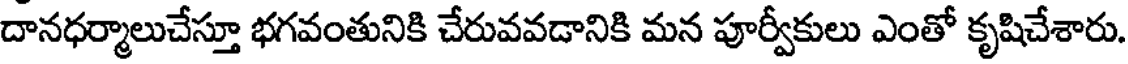
దానధర్మాలుచేస్తూ భగవంతునికి చేరువవడానికి మన పూర్వీకులు ఎంతో కృషిచేశారు.